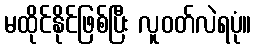
မထိုင်နိုင်ဖြစ်ပြီး လူဝတ်လဲရပုံ။